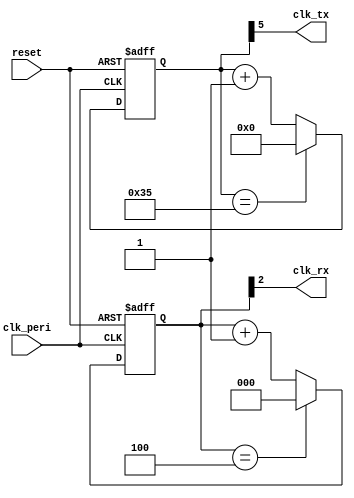
module uart_light_clk_gen
#( 	
	parameter BR_DIVISOR_TX = 54,
	parameter BR_DIVISOR_RX = 5,
	parameter BRD_SIZE_TX = 6,
	parameter BRD_SIZE_RX = 3
)(
	output wire clk_rx,
	output wire clk_tx,
	input  wire clk_peri,
	input  wire reset
   );
	reg [BRD_SIZE_TX-1:0] divisor_tx;
	reg [BRD_SIZE_RX-1:0] divisor_rx;
	assign clk_tx = divisor_tx[BRD_SIZE_TX-1];
	assign clk_rx = divisor_rx[BRD_SIZE_RX-1];
	always @(posedge clk_peri, posedge reset) begin
		if(reset) begin 
			divisor_tx <= {(BRD_SIZE_TX){1'b0}};
			divisor_rx <= {(BRD_SIZE_RX){1'b0}};
		end
		else begin  
			if(divisor_tx == (BR_DIVISOR_TX - 1'b1))
				divisor_tx <= {(BRD_SIZE_TX){1'b0}};
			else
				divisor_tx <= divisor_tx + 1'b1;
			if(divisor_rx == (BR_DIVISOR_RX - 1'b1))
				divisor_rx <= {(BRD_SIZE_RX){1'b0}};
			else
				divisor_rx <= divisor_rx + 1'b1;
		end
	end
endmodule